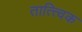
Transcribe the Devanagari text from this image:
तात्त्‍विक